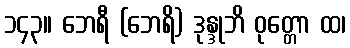
၁၄၃။ ဘေရီ (ဘေရိ) ဒုန္ဒုဘိ ဝုတ္တော ထ၊